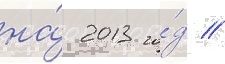
на́ 2013 го́д //